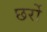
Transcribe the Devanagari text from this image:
छर्रो